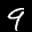
Label: 9